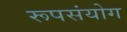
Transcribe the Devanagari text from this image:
रूपसंयोग